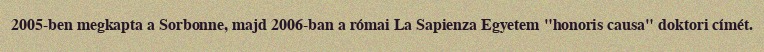
2005-ben megkapta a Sorbonne, majd 2006-ban a római La Sapienza Egyetem "honoris causa" doktori címét.